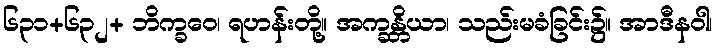
၆၃၁+၆၃၂+ ဘိက္ခဝေ၊ ရဟန်းတို့။ အက္ခန္တိယာ၊ သည်းမခံခြင်း၌။ အာဒီနဝါ၊